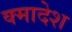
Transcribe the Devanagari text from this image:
क्मादेश